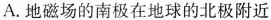
A. 地磁场的南极在地球的北极附近